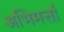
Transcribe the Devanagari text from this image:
अभिमर्त्ता